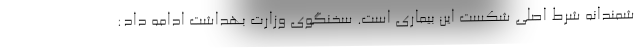
شمندانه شرط اصلی شکست این بیماری است. سخنگوی وزارت بهداشت ادامه داد: